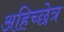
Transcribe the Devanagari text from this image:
अहिच्छेत्र